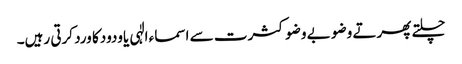
چلتے پھرتے وضو بے وضو کثرت سے اسماء الٰہی یاودودکا ورد کرتی رہیں۔